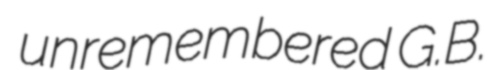
unremembered G.B.